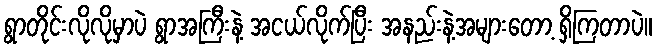
ရွာတိုင်းလိုလိုမှာပဲ ရွာအကြီးနဲ့ အငယ်လိုက်ပြီး အနည်းနဲ့အများတော့ ရှိကြတာပဲ။